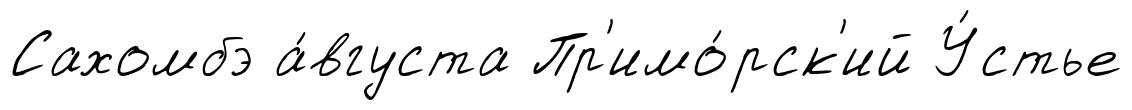
Сахомбэ а́вгуста Пр'имо́рск'ий У́стье